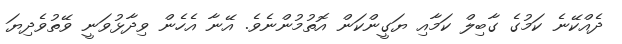
ދެއްކޭނެ ކަމުގެ ގާބިލް ކަމާއި ޔަގީންކަން އޮތުމުންނެވެ. އޭނާ އެހެން ވިދާޅުވަނީ ވޭތުވެދިޔަ